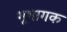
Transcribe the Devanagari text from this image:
भूभागक